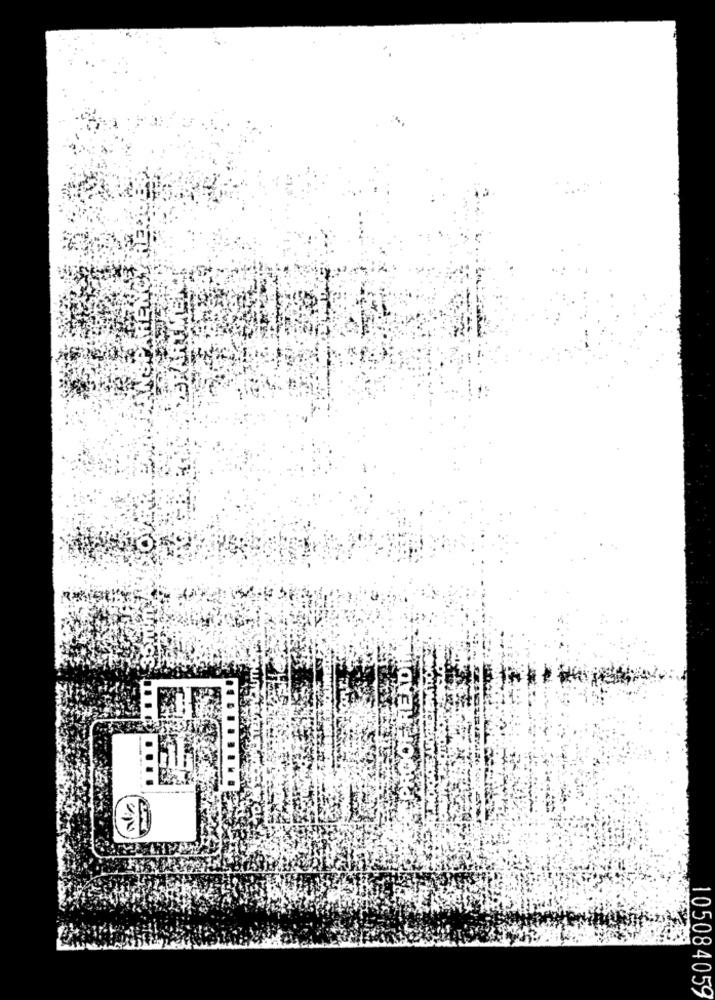
ROOF READIT
105084059